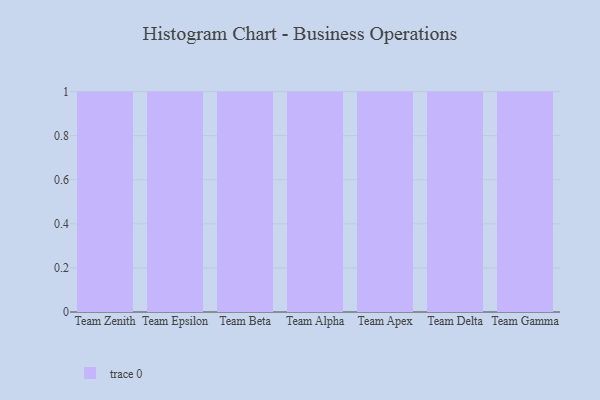
{"axis": {"x": "Team", "y": "Page Views"}, "legend": [""], "data": [{"x": "Team Zenith", "y": 92, "type": ""}, {"x": "Team Epsilon", "y": 83, "type": ""}, {"x": "Team Beta", "y": 100, "type": ""}, {"x": "Team Alpha", "y": 50, "type": ""}, {"x": "Team Apex", "y": 26, "type": ""}, {"x": "Team Delta", "y": 35, "type": ""}, {"x": "Team Gamma", "y": 21, "type": ""}]}